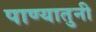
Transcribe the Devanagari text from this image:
पाण्यातुनी